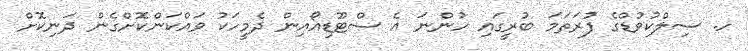
ހ. ސިލްކުވުޑްގެ ފުރަތަމަ ބުރީގައި ހުންނަ އެ ސްޓޫޑިއޯއިން ދެމީހަކު ވައްކަންކޮށްގެން ދަނިކޮށް